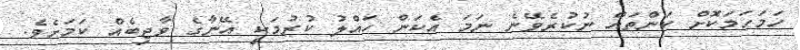
ހަމަހަމަކޮށް ކަންތައް ނުކުރެވޭނެ ނަމަ އެކަން ހައްލު ކުރުމަކީ އޭނާގެ ވާޖިބެއް ކަމަށެވެ.